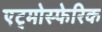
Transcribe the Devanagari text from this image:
एट्मोस्फेरिक